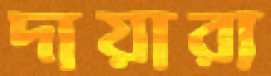
দায়ারা